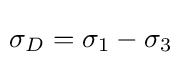
\!\sigma _{D}=\sigma _{1}-\sigma _{3}